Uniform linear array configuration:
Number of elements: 8
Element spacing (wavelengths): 0.75
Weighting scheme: binomial
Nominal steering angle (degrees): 30
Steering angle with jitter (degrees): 31.772
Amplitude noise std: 0.05
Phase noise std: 0.05

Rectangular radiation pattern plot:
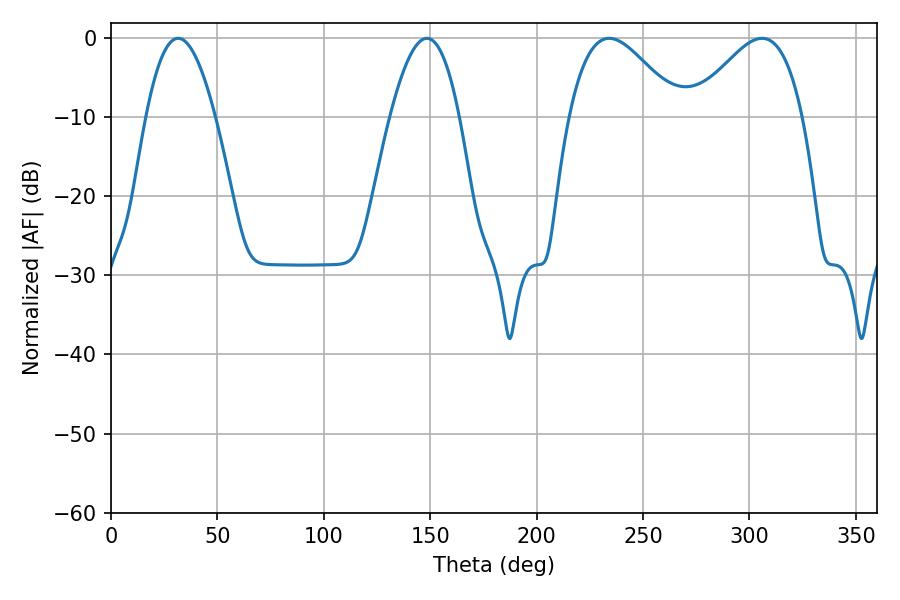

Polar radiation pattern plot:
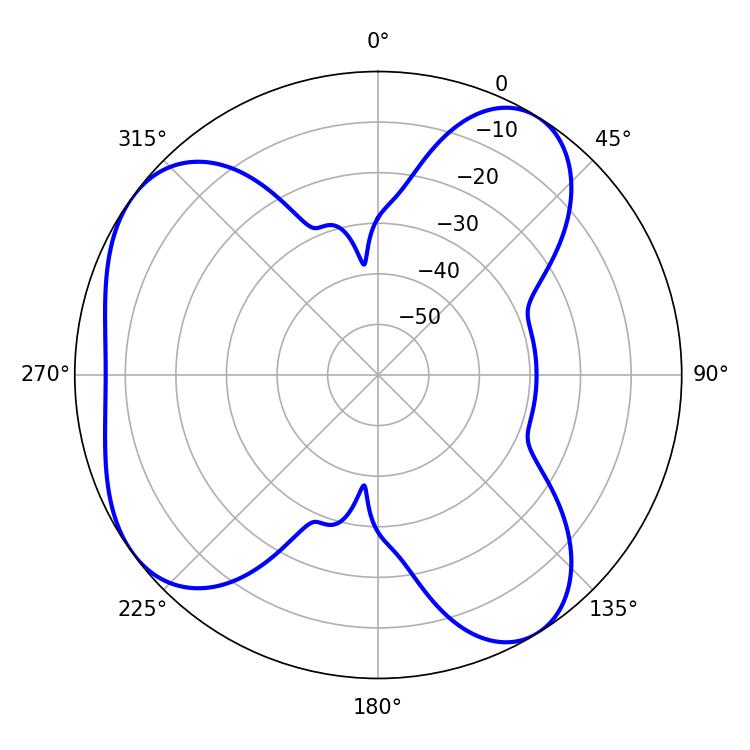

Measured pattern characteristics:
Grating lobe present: TRUE
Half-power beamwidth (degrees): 27.72
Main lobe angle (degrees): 234